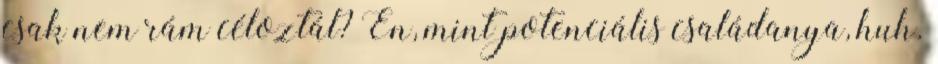
csak nem rám céloztál? Én, mint potenciális családanya, huh.